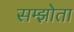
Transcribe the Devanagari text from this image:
सम्झोता